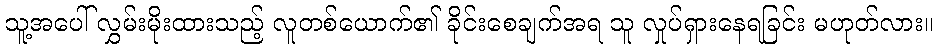
သူ့အပေါ် လွှမ်းမိုးထားသည့် လူတစ်ယောက်၏ ခိုင်းစေချက်အရ သူ လှုပ်ရှားနေရခြင်း မဟုတ်လား။